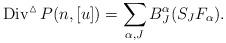
LaTeX: \begin{align*}\operatorname{Div}^{\vartriangle}P(n,[u])=\sum_{\alpha,J}B^{\alpha}_J(S_JF_{\alpha}).\end{align*}